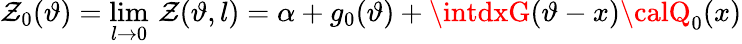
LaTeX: \mathcal{Z}_{0}(\vartheta)=\operatorname*{lim}_{l\rightarrow0}\, \mathcal{Z}(\vartheta,l)=\alpha+g_{0}(\vartheta)+\displaystyle\intdxG(\vartheta-x){\calQ}_{0}(x)